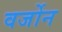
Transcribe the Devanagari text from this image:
वर्जोन